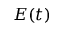
E ( t )